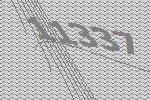
11337